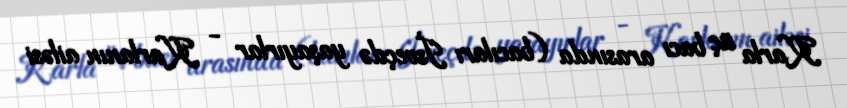
Karla üç bacı arasında (bacıları İsveçdə yaşayırlar - Karlanın ailəsi